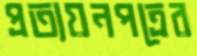
প্রত্যয়নপত্রের